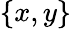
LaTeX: \{ x,y\}